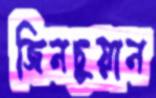
জিনচুয়ান